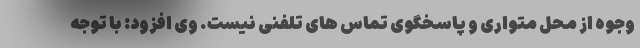
وجوه از محل متواری و پاسخگوی تماس های تلفنی نیست. وی افزود: با توجه